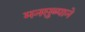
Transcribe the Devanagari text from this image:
मनसुब्याने